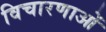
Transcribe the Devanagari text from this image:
विचारणाओं